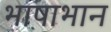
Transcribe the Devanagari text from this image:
भाषाभान